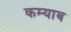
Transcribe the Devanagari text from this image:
कम्याब